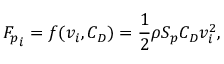
{ F _ { p } } _ { i } = f ( v _ { i } , C _ { D } ) = \frac { 1 } { 2 } \rho S _ { p } C _ { D } v _ { i } ^ { 2 } ,